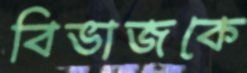
বিভাজকে